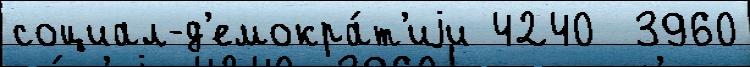
социал-д'емокра́т'иjи 4240  3960